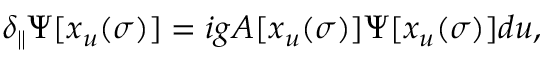
\delta _ { \parallel } \Psi [ x _ { u } ( \sigma ) ] = i g A [ x _ { u } ( \sigma ) ] \Psi [ x _ { u } ( \sigma ) ] d u ,